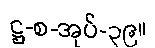
ဋ္ဌ-စ-အုပ်-၃၉။